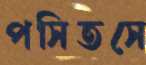
পসিতসে